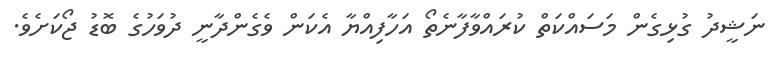
ނަޝީދު ގުޅިގެން މަސައްކަތް ކުރައްވާފާނެތޯ އަހާފިއްޔާ އެކަން ވެގެންދާނީ ދުވަހުގެ ބޮޑު ޖޯކަށެވެ.